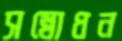
সম্বোধন